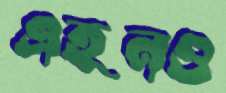
এহনও